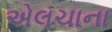
એલચાના